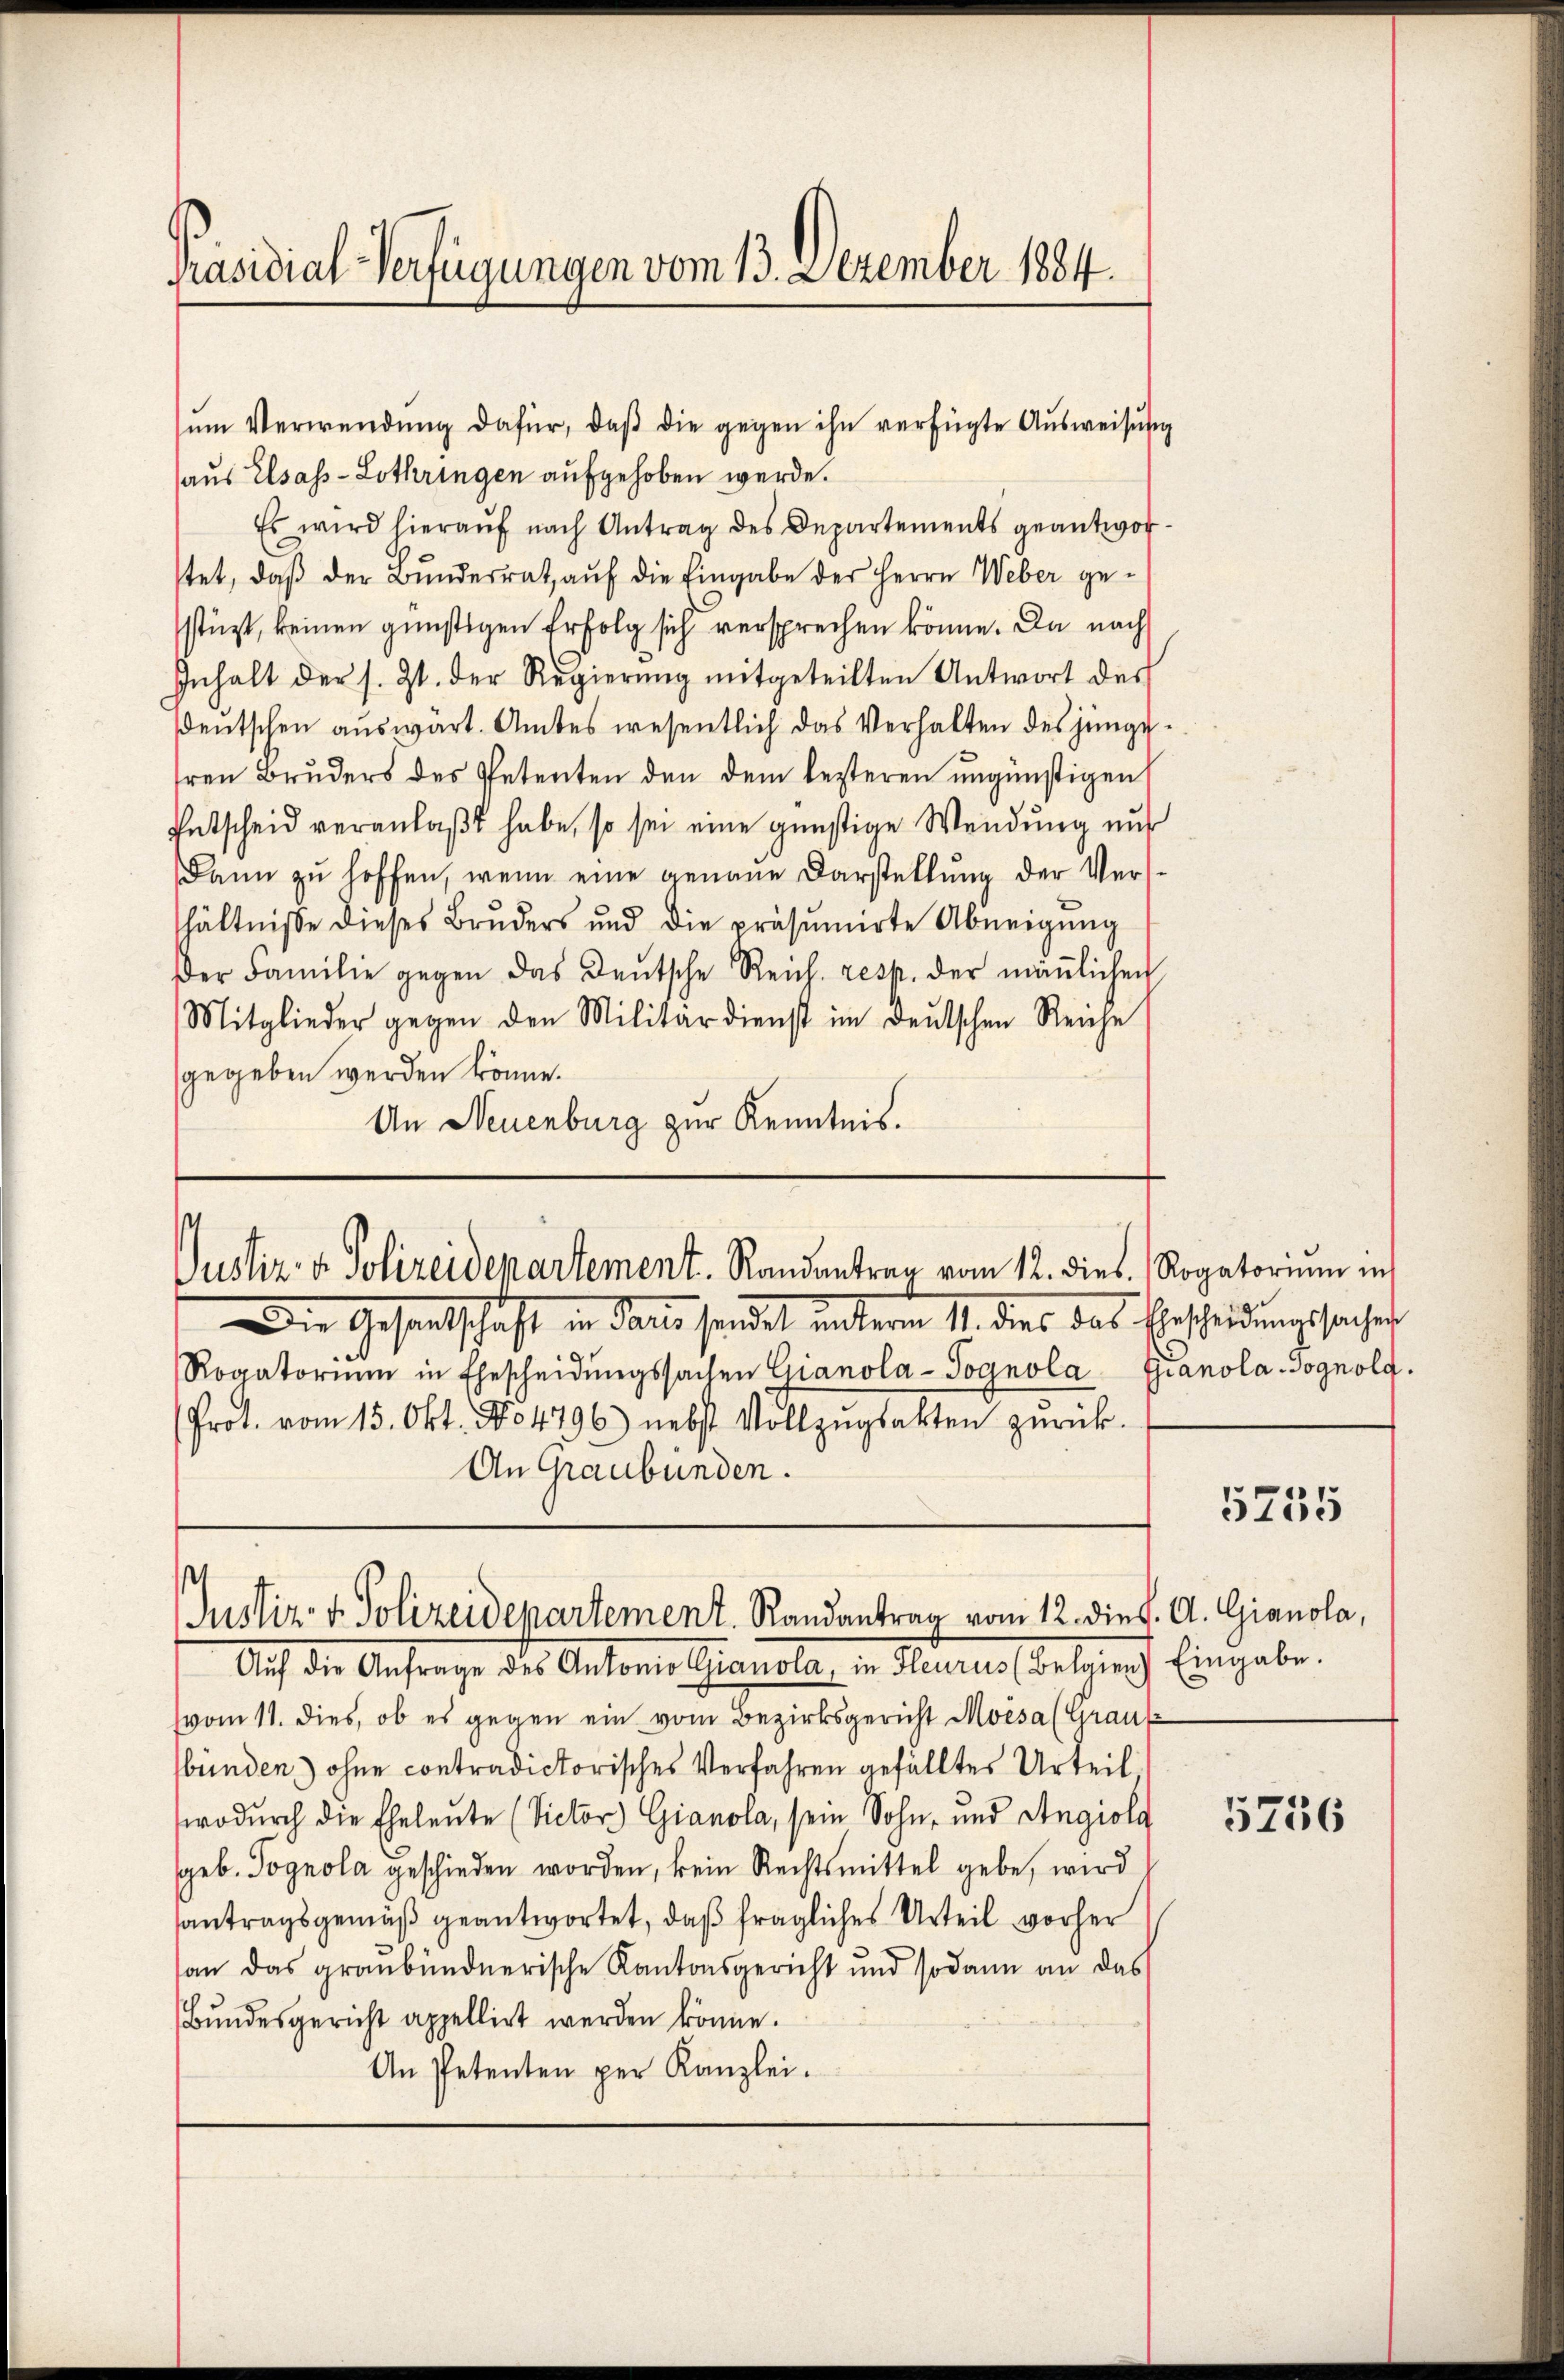
Präsidial-Verfügungen vom 13. Dezember 1884.

ŭm Verwendŭng dafür, daβ die gegen ihn verfügte Aŭsweisŭng
aus Elsass-Lothringen aufgehoben werde.
Es wird hierauf nach Antrag des Departements geantworstet, daß der Bundesrat, auf die Eingabe der Herrn Weber gestüzt, keinen günstigen Erfolg sich versprechen könne. Da nach
Inhalt der s. Zt. der Regierŭng mitgeteilten Antwort des
sdeutschen auswart. Amtes wesentlich das Verhalten des jünge
hren Bruders des Petenten den dem lezteren ungünstigen
Entscheid veranlaßt habe, so sei eine günstige Wendung nur
Dann zu hoffen, wenn eine genaue Darstellung der Vershältniße dieses Bruders und die präsumirte Abneigung
der Familie gegen das Deutsche Reich- resp. der mäṅlichen
Mitglieder gegen den Militärdienst im deŭtschen Reiche
gegeben werden könne.
An Neuenburg zur Kenntnis.

Justiz- & Polizeidepartement. Randantrag vom 12. dies, Rogatorium in

Die Gesandtschaft in dans sendet unterm 1. des das Gescheidung sicher
Rogatoriŭm in Ehescheidŭngssachen Gianola-Sognola Gianola-Jognold.
Prot. vom 15. Okt. No 4796) nebst Vollzŭgsakten zurück.
An Graubünden.

Justiz- & Polizeidepartement. Randantrag vom 12. die K. A. Gianola,

Auf die Anfrage des Antons Gianola, in Heurus (Belgieng Eingabe.
vom 11. dies, ob es gegen ein vom Bezirksgericht Moisa (Graus-
bünden ohne contradictorisches Verfahren gefälltes Urteil
wodurch die Eheleute (Victor Gianola, sein Sohn, und Angioli
geb. Pognola geschieden worden, kein Rechtsmittel gebe, wird
santragsgemäß geantwortet, daß fragliches Urteil vorher
an das graubündnerische Kantonsgericht und sodann an das
Bundesgericht appellirt werden könne.
An Petenten per Kanzlei.

5235

5756